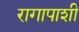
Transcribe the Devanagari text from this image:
रागापाशी